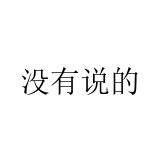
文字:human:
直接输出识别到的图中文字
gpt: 没有说的